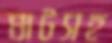
ঘাটসহ